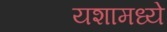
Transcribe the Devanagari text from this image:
यशामध्ये